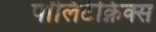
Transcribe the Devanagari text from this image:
पॉलिटेक्निक्स